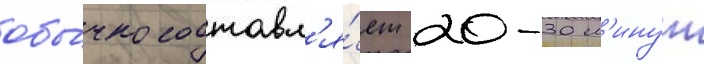
обы́чно составл'я́ет 20-30 м'инут